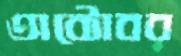
অক্টোবর